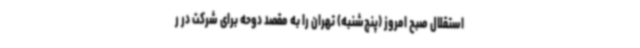
استقلال صبح امروز (پنج‌شنبه) تهران را به مقصد دوحه برای شرکت در ر